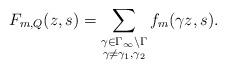
LaTeX: \begin{align*}F_{m,Q}(z,s) = \sum_{\substack{\gamma\in \Gamma_\infty \backslash \Gamma \\ \gamma \neq \gamma_1,\gamma_2}} f_m(\gamma z,s).\end{align*}